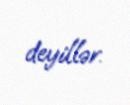
deyillər.